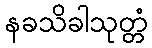
နခသိခါသုတ္တံ